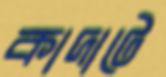
কাদাটে